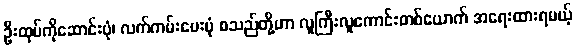
ဦးထုပ်ကိုဆောင်းပုံ၊ လက်ကမ်းပေးပုံ စသည်တို့ဟာ လူကြီးလူကောင်းတစ်ယောက် အရေးထားရမယ့်